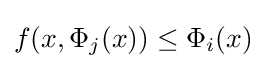
f(x,\Phi _{j}(x))\leq \Phi _{i}(x)